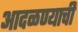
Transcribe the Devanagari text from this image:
आदळण्याची